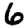
Digit: 6